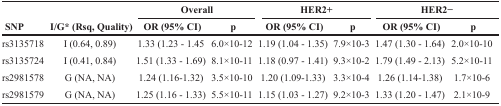
|  |  | <COLSPAN=2> Overall | <COLSPAN=2> HER2+ | <COLSPAN=2> HER2− |
 | SNP | I/G* (Rsq, Quality) | OR (95% CI) | p | OR (95% CI) | p | OR (95% CI) | p |
 | --- | --- | --- | --- | --- | --- | --- | --- |
 | rs3135718 | I (0.64, 0.89) | 1.33 (1.23 - 1.45 | 6.0×10-12 | 1.19 (1.04 - 1.35) | 7.9×10-3 | 1.47 (1.30 - 1.64) | 2.0×10-10 |
 | rs3135724 | I (0.41, 0.84) | 1.51 (1.33 - 1.69) | 8.1×10-11 | 1.18 (0.97 - 1.41) | 9.3×10-2 | 1.79 (1.49 - 2.13) | 5.2×10-11 |
 | rs2981578 | G (NA, NA) | 1.24 (1.16-1.32) | 3.5×10-10 | 1.20 (1.09-1.33) | 3.3×10-4 | 1.26 (1.14-1.38) | 1.7×10-6 |
 | rs2981579 | G (NA, NA) | 1.25 (1.16 - 1.33) | 5.5×10-11 | 1.15 (1.03 - 1.27) | 9.2×10-3 | 1.33 (1.20 - 1.47) | 2.1×10-9 |